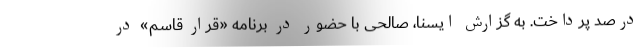
درصد پرداخت. به گزارش ایسنا، صالحی با حضور در برنامه «قرار قاسم» در